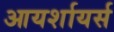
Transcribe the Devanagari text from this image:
आयर्शायर्स